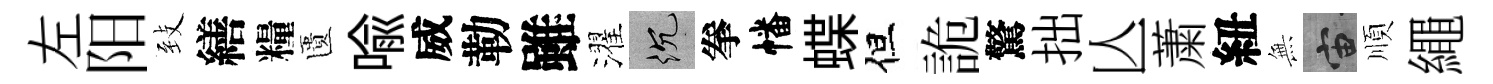
左阳𦤺繕糧匱喩威勒雖濯沉拳幡蝶但詭驚拙亾䔥紐𭴾宙順繩